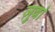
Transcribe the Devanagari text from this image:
ज़ुबां